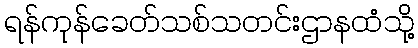
ရန်ကုန်ခေတ်သစ်သတင်းဌာနထံသို့